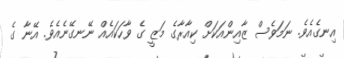
އިނގެއެވެ. ނަމަވެސް ޒާއިންއަކަށް ކިއާރާގެ މަޒީ ގެ ވާހަކައެއް ނޭނގޭނެއެވެ. އޭނާ ގެ